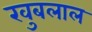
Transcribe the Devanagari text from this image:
खुबलाल